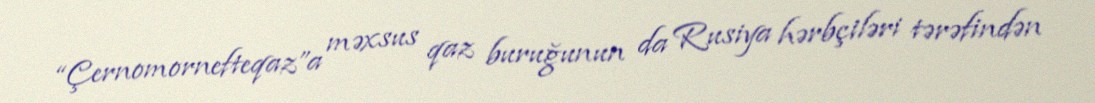
“Çernomornefteqaz”a məxsus qaz buruğunun da Rusiya hərbçiləri tərəfindən